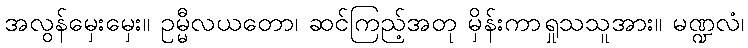
အလွန်မှေးမှေး။ ဥမ္မီလယတော၊ ဆင်ကြည့်အတု မှိန်းကာရှုသသူအား။ မဏ္ဍလံ၊